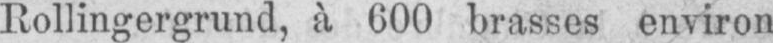
Rollingergrund, à 600 brasses environ